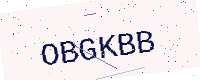
Text: OBGKBB